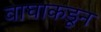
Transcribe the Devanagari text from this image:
वाघाकडून